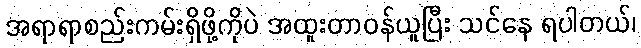
အရာရာစည်းကမ်းရှိဖို့ကိုပဲ အထူးတာဝန်ယူပြီး သင်နေ ရပါတယ်၊